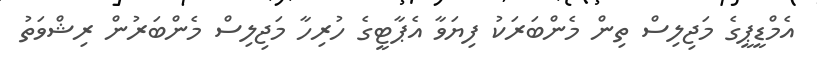
އެމްޑީޕީގެ މަޖިލިސް ތިން މެންބަރަކު ފިޔަވާ އެޕާޓީގެ ހުރިހާ މަޖިލިސް މެންބަރުން ރިޝްވަތު